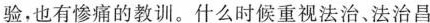
验，也有惨痛的教训。什么时候重视法治、法治昌